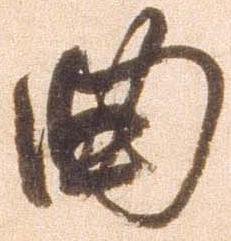
典